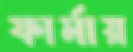
ফার্মায়